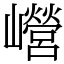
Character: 巆